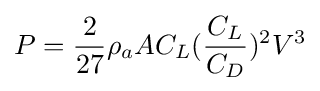
P={2 \over 27}\rho _{a}AC_{L}({C_{L} \over C_{D}})^{2}V^{3}